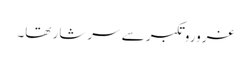
غروروتکبر سے سرشار تھا۔